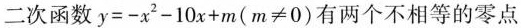
二次函数$$y=-x^{2}-10x+m(m\neq0)$$有两个不相等的零点